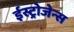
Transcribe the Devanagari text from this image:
ईस्ट्रोजेन्स